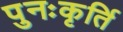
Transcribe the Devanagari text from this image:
पुनःकृर्ति